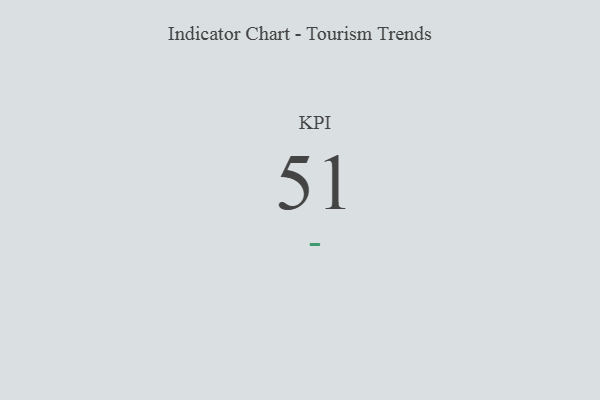
{"axis": {"x": "KPI", "y": "Value"}, "legend": [""], "data": [{"x": "KPI", "y": 51, "type": ""}]}